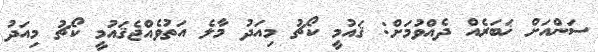
ސަންއަށް ޚަބަރެއް ދެއްވުމަށް: ޤައުމީ ކޯޗު މިއަދު މާލެ އަތުވެއްޖެޤައުމީ ކޯޗު މިއަދު